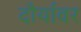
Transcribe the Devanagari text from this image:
दौर्यावर